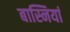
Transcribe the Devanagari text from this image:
बास्नियां